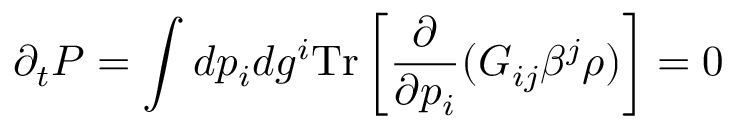
\partial _ { t } P = \int d p _ { i } d g ^ { i } \mathrm { T r } \left[ { \frac { \partial } { \partial p _ { i } } } ( G _ { i j } \beta ^ { j } \rho ) \right] = 0